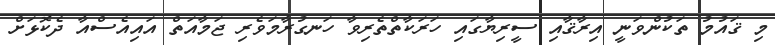
މި ޤައުމު ތަކުންވަނީ އިރާޤާއި ސީރިޔާގައި ހަރަކާތްތެރިވާ ހަނގުރާމަވެރި ޖަމާއަތް އައިއެސްއާ ދެކޮޅަށް